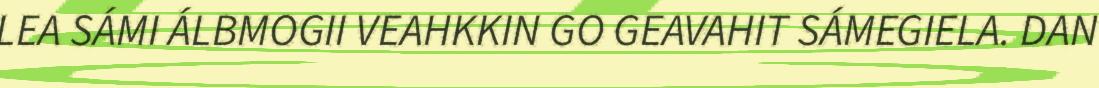
LEA SÁMI ÁLBMOGII VEAHKKIN GO GEAVAHIT SÁMEGIELA. DAN